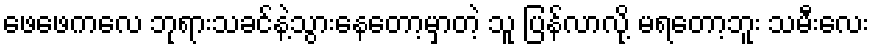
ဖေဖေကလေ ဘုရားသခင်နဲ့သွားနေတော့မှာတဲ့ သူ ပြန်လာလို့ မရတော့ဘူး သမီးလေး